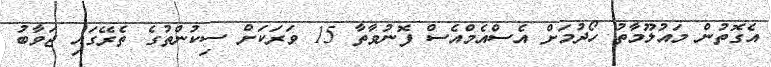
އެގޮތުން މައުލޫމާތު ހޯދުމަށް އެސްއެމްއެސް ފޮނުވާތާ 15 ވަރަކަށް ސިކުންތުގެ ތެރޭގައި ޖަވާބު